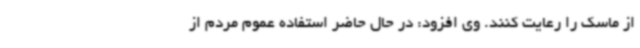
از ماسک را رعایت کنند. وی افزود: در حال حاضر استفاده عموم مردم از